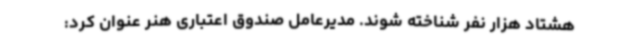
هشتاد هزار نفر شناخته شوند. مدیرعامل صندوق اعتباری هنر عنوان کرد: